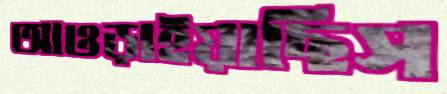
আওড়াইয়াছিস